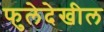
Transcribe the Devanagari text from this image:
फुलेदेखील